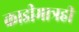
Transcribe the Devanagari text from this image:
काडीमात्रही